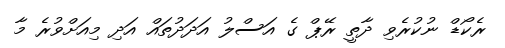
ރެކޯޑް ނުކުރެވި ދާތީ ރޭޕް ގެ އަސްލު އަދަދުތައް އަދި މިއަށްވުރެ މާ